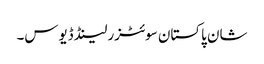
شان پاکستان سوئٹزرلینڈ ڈیوس۔